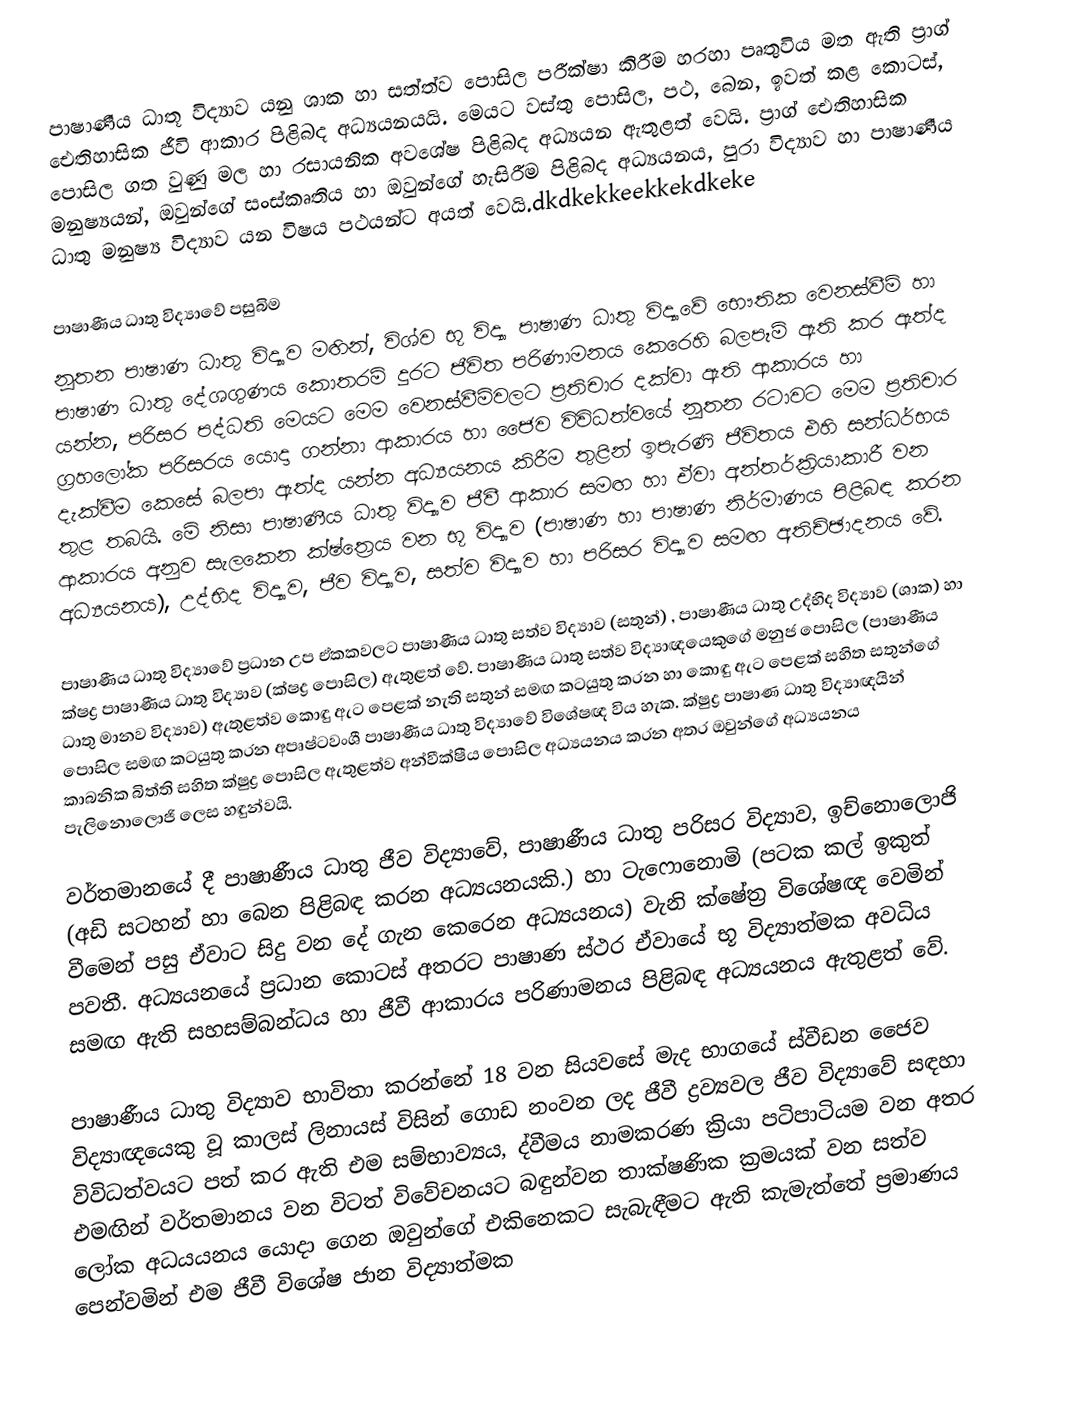
පාෂාණීය ධාතූ විද්‍යාව යනු ශාක හා සත්ත්ව පොසිල පරීක්ෂා කිරීම හරහා පෘතුවිය මත ඇති ප්‍රාග් ඓතිහාසික ජීවි ආකාර පිළිබද අධ්‍යයනයයි. මෙයට වස්තු පොසිල, පථ, බෙන, ඉවත් කළ කොටස්, පොසිල ගත වුණු මල හා රසායනික අවශේෂ පිළිබද අධ්‍යයන ඇතුළත් වෙයි. ප්‍රාග් ඓතිහාසික මනුෂ්‍යයන්, ඔවුන්ගේ සංස්කෘතිය හා ඔවුන්ගේ හැසිරීම පිළිබද අධ්‍යයනය, පුරා විද්‍යාව හා පාෂාණීය ධාතු මනුෂ්‍ය විද්‍යාව යන විෂය පථයන්ට අයත් වෙයි.dkdkekkeekkekdkeke

පාෂාණීය ධාතු විද්‍යාවේ පසුබිම
නූතන පාෂාණ ධාතු විද්‍යාව මඟින්, විශ්ව භූ විද්‍යා පාෂාණ ධාතු විද්‍යාවේ භෞතික වෙනස්වීම් හා පාෂාණ ධාතු දේශගුණය කොතරම් දුරට ජීවිත පරිණාමනය කෙරෙහි බලපෑම් ඇති කර ඇත්ද යන්න, පරිසර පද්ධති මෙයට මෙම වෙනස්වීම්වලට ප්‍රතිචාර දක්වා ඇති ආකාරය හා ග්‍රහලෝක පරිසරය යොදා ගන්නා ආකාරය හා ජෛව විවිධත්වයේ නූතන රටාවට මෙම ප්‍රතිචාර දැක්වීම කෙසේ බලපා ඇත්ද යන්න අධ්‍යයනය කිරීම තුළින් ඉපැරණි ජීවිතය එහි සන්ධර්භය තුළ තබයි. මේ නිසා පාෂාණීය ධාතු විද්‍යාව ජීවී ආකාර සමඟ හා ඒවා අන්තර්ක්‍රියාකාරී වන ආකාරය අනුව සැලකෙන ක්ෂ්‍ත්‍රෙය වන භූ විද්‍යාව (පාෂාණ හා පාෂාණ නිර්මාණය පිළිබඳ කරන අධ්‍යයනය), උද්භිද විද්‍යාව, ජීව විද්‍යාව, සත්ව විද්‍යාව හා පරිසර විද්‍යාව සමඟ අතිච්ඡාදනය වේ.

පාෂාණීය ධාතු විද්‍යාවේ ප්‍රධාන උප ඒකකවලට පාෂාණීය ධාතු සත්ව විද්‍යාව (සතුන්) , පාෂාණීය ධාතු උද්භිද විද්‍යාව (ශාක) හා ක්ෂද්‍ර පාෂාණීය ධාතු විද්‍යාව (ක්ෂද්‍ර පොසිල) ඇතුළත් වේ. පාෂාණීය ධාතු සත්ව විද්‍යාඥයෙකුගේ මනුජ පොසිල (පාෂාණීය ධාතු මානව විද්‍යාව) ඇතුළත්ව කොඳු ඇට පෙළක් නැති සතුන් සමඟ කටයුතු කරන හා කොඳු ඇට පෙළක් සහිත සතුන්ගේ පොසිල සමඟ කටයුතු කරන අපෘෂ්ටවංශී පාෂාණීය ධාතු විද්‍යාවේ විශේෂඥ විය හැක. ක්ෂුද්‍ර පාෂාණ ධාතු විද්‍යාඥයින් කාබනික බිත්ති සහිත ක්ෂුද්‍ර පොසිල ඇතුළත්ව අන්වීක්ෂීය පොසිල අධ්‍යයනය කරන අතර ඔවුන්ගේ අධ්‍යයනය පැලිනොලොජි ලෙස හඳුන්වයි.

වර්තමානයේ දී පාෂාණීය ධාතු ජීව විද්‍යාවේ, පාෂාණීය ධාතු පරිසර විද්‍යාව, ඉච්නොලොජි (අඩි සටහන් හා බෙන පිළිබඳ කරන අධ්‍යයනයකි.) හා ටැෆොනොමි (පටක කල් ඉකුත් වීමෙන් පසු ඒවාට සිදු වන දේ ගැන කෙරෙන අධ්‍යයනය) වැනි ක්ෂේත්‍ර විශේෂඥ වෙමින් පවතී. අධ්‍යයනයේ ප්‍රධාන කොටස් අතරට පාෂාණ ස්ථර ඒවායේ භූ විද්‍යාත්මක අවධිය සමඟ ඇති සහසම්බන්ධය හා ජීවී ආකාරය පරිණාමනය පිළිබඳ අධ්‍යයනය ඇතුළත් වේ.

පාෂාණීය ධාතු විද්‍යාව භාවිතා කරන්නේ 18 වන සියවසේ ‍මැද භාගයේ ස්වීඩන ජෛව විද්‍යාඥයෙකු වූ කාලස් ලිනායස් විසින් ගොඩ නංවන ලද ජීවී ද්‍රව්‍යවල ජීව විද්‍යාවේ සඳහා විවිධත්වයට පත් කර ඇති එම සම්භාව්‍යය, ද්වීමය නාමකරණ ක්‍රියා පටිපාටියම වන අතර එමඟින් වර්තමානය වන විටත් විවේචනයට බඳුන්වන තාක්ෂණික ක්‍රමයක් වන සත්ව ලෝක අධයයනය යොදා ගෙන ඔවුන්ගේ එකිනෙකට සැබැඳීමට ඇති කැමැත්තේ ප්‍රමාණය පෙන්වමින් එම ජීවී විශේෂ ජාන විද්‍යාත්මක